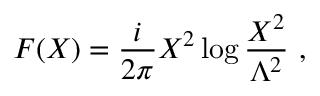
F ( X ) = \frac { i } { 2 \pi } X ^ { 2 } \log \frac { X ^ { 2 } } { \Lambda ^ { 2 } } \ ,